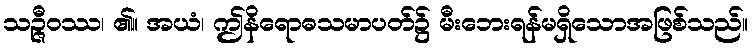
သဉ္ဇီဝဿ၊ ၏။ အယံ၊ ဤနိရောဓသမာပတ်၌ မီးဘေးရန်မရှိသောအဖြစ်သည်။